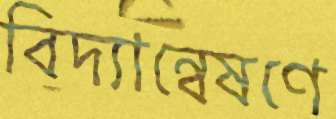
বিদ্যান্বেষণে